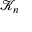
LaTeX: { \mathcal { K } } _ { n }